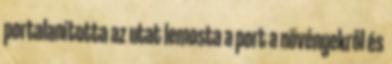
portalanította az utat lemosta a port a növényekről és